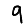
Digit: 9